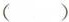
()